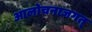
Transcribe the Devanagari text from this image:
आलोचनाजगत्